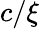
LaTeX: c/\xi